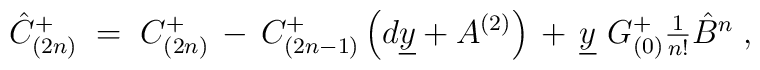
\hat{C}_{(2n)}^{+}\;=\; C_{(2n)}^{+}\,-\, C^{+}_{(2n-1)}\left(                                                    d\underline{y}+A^{(2)}                                                  \right)                           \,+\, \underline{y}\  G_{(0)}^{+}                          \textstyle{\frac{1}{n!}}\hat{B}^{n}\; ,